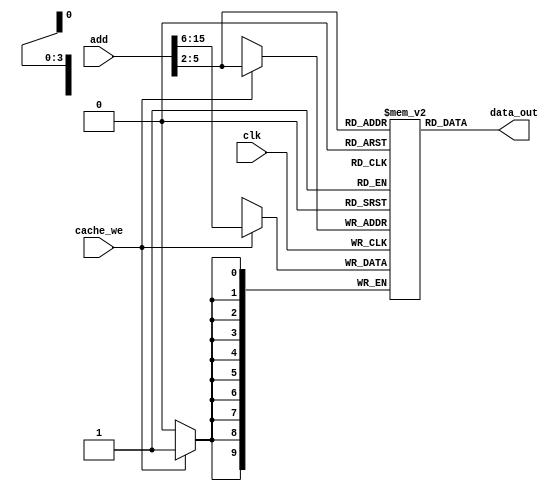
`timescale 1ns / 1ps
//////////////////////////////////////////////////////////////////////////////////
// Company: 
// Engineer: 
// 
// Design Name: 
// Module Name:    mycache 
// Project Name: 
// Target Devices: 
// Tool versions: 
// Description: 
//
// Dependencies: 
//
// Revision: 
// Revision 0.01 - File Created
// Additional Comments: 
//
//////////////////////////////////////////////////////////////////////////////////
module mytag(
    input [15:0] add,
    input cache_we,
    input clk,
    output [9:0] data_out
    );

reg [9:0] TAG[15:0];
always@(posedge clk)
if(cache_we) TAG[add[5:2]]<=add[15:6];

assign data_out=TAG[add[5:2]];
endmodule